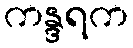
ကန္ဒရက